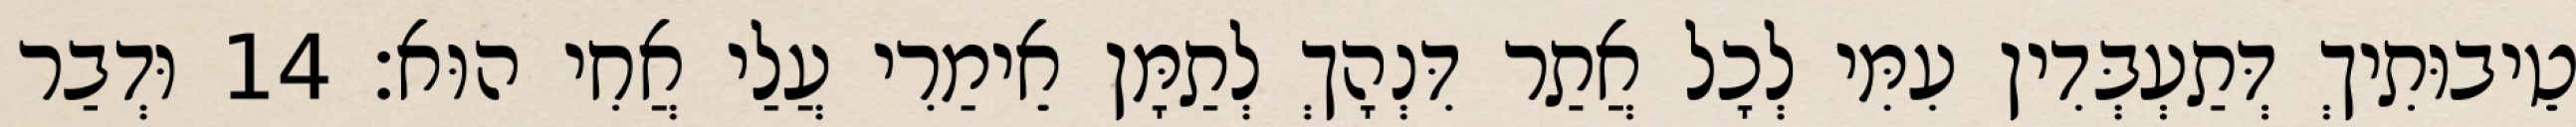
טֵיבוּתִיךְ דְּתַעְבְּדִין עִמִּי לְכָל אֲתַר דִּנְהָךְ לְתַמָּן אֵימַרִי עֲלַי אֲחִי הוּא׃ 14 וּדְבַר